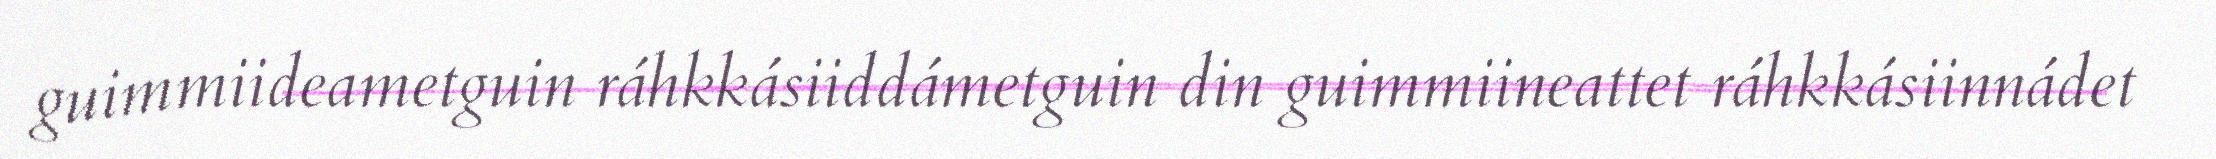
guimmiideametguin ráhkkásiiddámetguin din guimmiineattet ráhkkásiinnádet